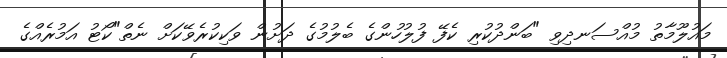
މައުލޫމާތު މުއްސަނދިވި "ބަންދުކުރި ކެފޭ ފުލުހުންގެ ބެލުމުގެ ދަށުން ވަކިކުރެވޭކަަށް ނެތް"ކޯޓު އަމުރެއްގެ